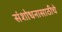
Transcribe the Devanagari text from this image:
संशोधनासाठीचे